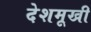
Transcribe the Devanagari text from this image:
देशमूखी